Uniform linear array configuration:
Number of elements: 48
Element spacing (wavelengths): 0.25
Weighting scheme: binomial
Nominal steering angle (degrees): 45
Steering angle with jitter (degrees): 45.152
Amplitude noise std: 0.05
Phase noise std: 0.05

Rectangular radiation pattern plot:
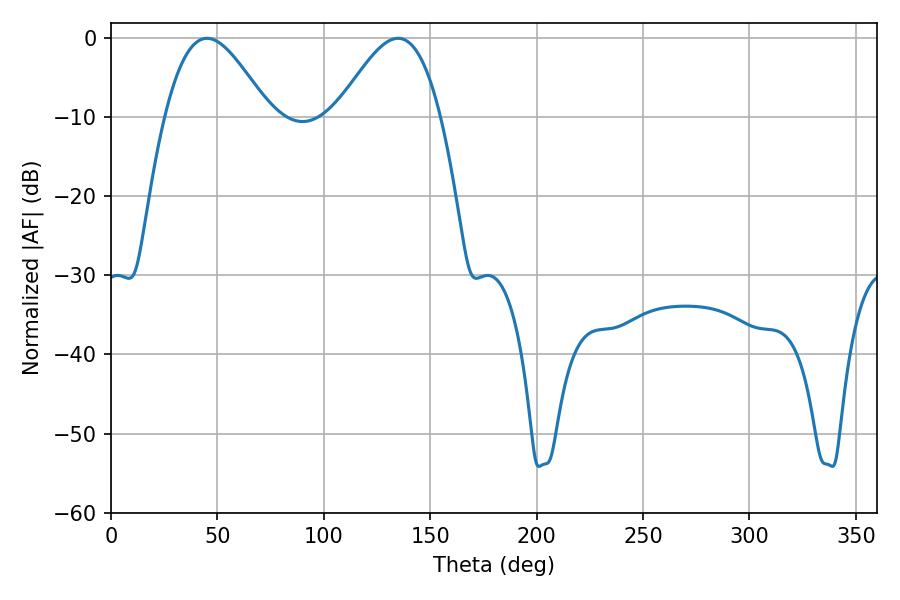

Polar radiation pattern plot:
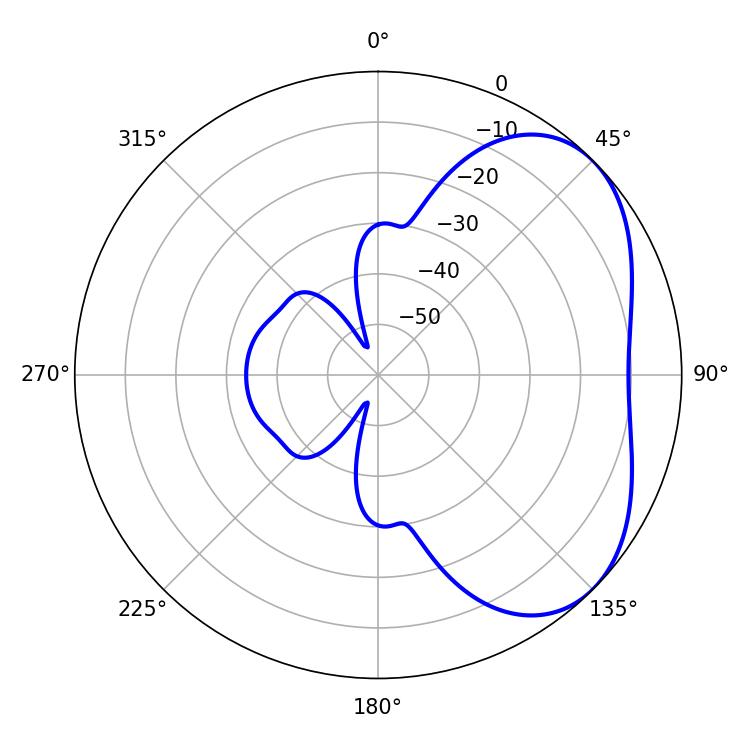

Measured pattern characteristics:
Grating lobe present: FALSE
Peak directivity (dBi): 4.151
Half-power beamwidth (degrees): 26.1
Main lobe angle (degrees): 45.18